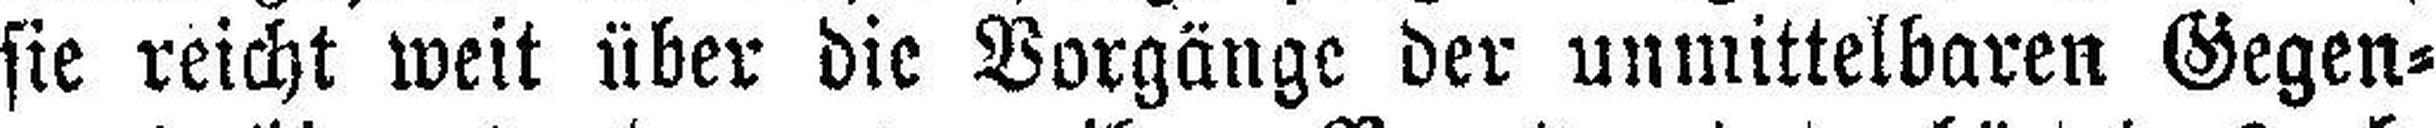
sie reicht weit über die Vorgänge der unmittelbaren Gegen¬